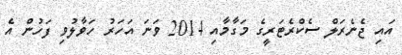
އައި ޖެނެރަލް ސެކްރެޓަރީގެ މަގާމާއި 2014 ވަނަ އަހަރު ހަވާލުވި ފަހުން އެ